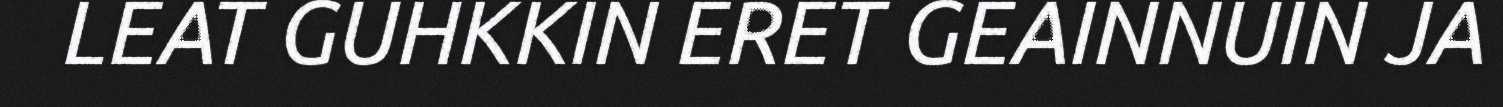
LEAT GUHKKIN ERET GEAINNUIN JA